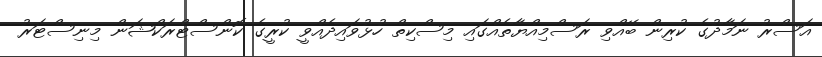
އަސްރު ނަމާދުގެ ކުރިން ބޭއްވި ރަސްމިއްޔާތެއްގައި މިސްކިތް ހުޅުވައިދެއްވީ ކުރީގެ ކޮންސްޓްރަކްޝަން މިނިސްޓަރު